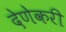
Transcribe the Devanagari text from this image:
देणेकरी